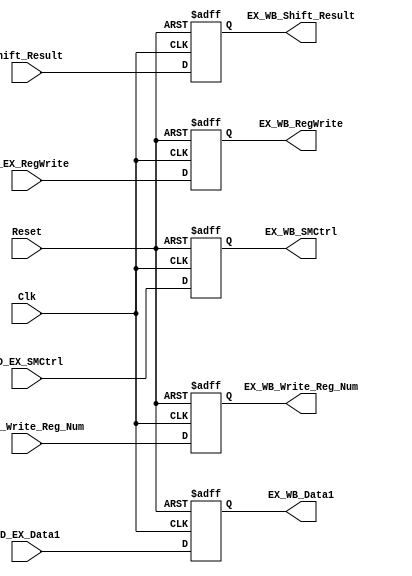
`timescale 1ns / 1ps
//////////////////////////////////////////////////////////////////////////////////
// Company: 
// Engineer: 
// 
// Design Name: 
// Module Name:    EX_WB_Reg 
// Project Name: 
// Target Devices: 
// Tool versions: 
// Description: 
//
// Dependencies: 
//
// Revision: 
// Revision 0.01 - File Created
// Additional Comments: 
//
//////////////////////////////////////////////////////////////////////////////////
module EX_WB_Reg(input Clk, input Reset, input [7:0] Shift_Result, input [7:0] ID_EX_Data1, 
	input ID_EX_RegWrite, input ID_EX_SMCtrl, input [2:0] ID_EX_Write_Reg_Num, 
	output reg [7:0] EX_WB_Shift_Result, output reg [7:0] EX_WB_Data1, output reg EX_WB_RegWrite, 
	output reg EX_WB_SMCtrl, output reg [2:0] EX_WB_Write_Reg_Num //input [1:0] FwdCtrl
    );
	//reg [7:0] Fwd;
	always@(posedge Clk,negedge Reset)
	begin
	if(Reset==0)
		begin
		EX_WB_Shift_Result <= 0;
		EX_WB_Data1 <= 0;
		EX_WB_RegWrite <= 0;
		EX_WB_SMCtrl <= 0;
		EX_WB_Write_Reg_Num <= 0;
		end 
	else
		begin
		/*case(FwdCtrl)
		2'b10: begin
				 Fwd= EX_WB_Shift_Result;
				 //ID_EX_Data1 = Fwd;
				 EX_WB_Shift_Result = Fwd;
				 end
		2'b11: begin
				 Fwd= EX_WB_Data1;
				 //ID_EX_Data1 = Fwd;
				 EX_WB_Data1 = Fwd;
				 end
		default : begin
					 EX_WB_Shift_Result = Shift_Result;
					 EX_WB_Data1 = ID_EX_Data1;
					 end
		endcase*/
		EX_WB_Shift_Result <= Shift_Result;
		EX_WB_Data1 <= ID_EX_Data1;
		EX_WB_RegWrite <= ID_EX_RegWrite;
		EX_WB_SMCtrl <= ID_EX_SMCtrl;
		EX_WB_Write_Reg_Num <= ID_EX_Write_Reg_Num;
		end
	end 

endmodule